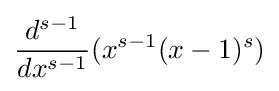
{\frac {d^{s-1}}{dx^{s-1}}}(x^{s-1}(x-1)^{s})